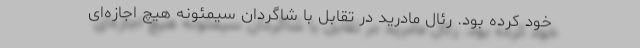
خود کرده بود. رئال مادرید در تقابل با شاگردان سیمئونه هیچ اجازه‌ای